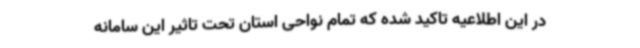
در این اطلاعیه تاکید شده که تمام نواحی استان تحت تاثیر این سامانه